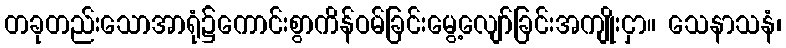
တခုတည်းသောအာရုံ၌ကောင်းစွာကိန်ဝမ်ခြင်းမွေ့လျော်ခြင်းအကျိုးငှာ။ သေနာသနံ၊